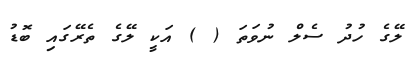
ލޭގެ ހުދު ސެލް ނުވަތަ ( ) އަކީ ލޭގެ ތެރޭގައި ބޮޑު